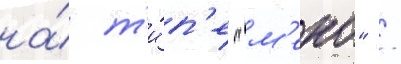
на́ т'и́п'е "м'еко" /